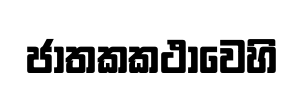
ජාතකකථාවෙහි